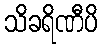
သိခရိဏီပိ